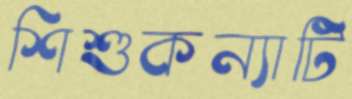
শিশুকন্যাটি